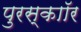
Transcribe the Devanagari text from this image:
पुरस्काॉर